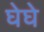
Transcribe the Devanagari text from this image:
घेघे